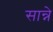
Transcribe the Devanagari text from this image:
सान्ने